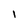
Character: I